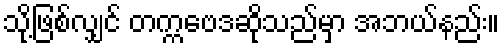
သို့ဖြစ်လျှင် တက္ကဗေဒဆိုသည်မှာ အဘယ်နည်း။